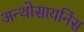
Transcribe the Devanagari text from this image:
अन्थोसायनिंस